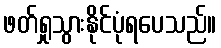
ဖတ်ရှုသွားနိုင်ပုံရပေသည်။